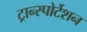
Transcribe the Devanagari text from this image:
ट्रान्स्पोर्टेशन